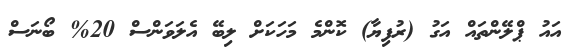
އައު ޕްލޭންތައް އަގު (ރުފިޔާ) ކޮންމެ މަހަކަށް ލިބޭ އެލަވަންސް 20% ބޯނަސް